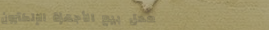
محل بيع الأجهزة الإلكترون